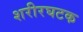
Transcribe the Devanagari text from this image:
शरीरघटक